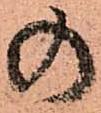
の